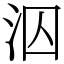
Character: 泅